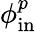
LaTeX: \phi_{\mathrm{in}}^{p}